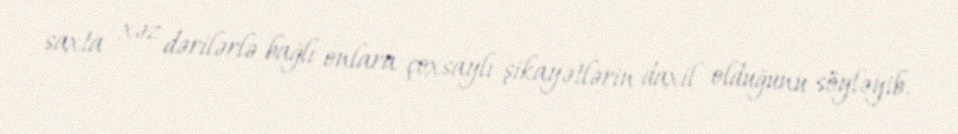
saxta xəz dərilərlə bağlı onlara çoxsaylı şikayətlərin daxil olduğunu söyləyib.